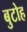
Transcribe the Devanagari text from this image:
बुटोह